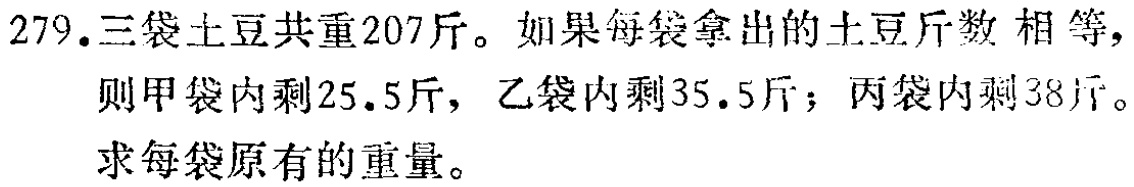
279.三袋土豆共重207斤。如果每袋拿出的土豆斤数相等，则甲袋内剩25.5斤，乙袋内剩35.5斤；丙袋内剩38斤。求每袋原有的重量。